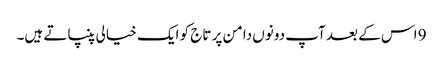
9 اس کے بعد آپ دونوں دامن پر تاج کو ایک خیالی پنپاتے ہیں۔